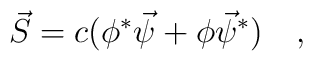
\vec{S}=c(\phi^*\vec{\psi}+\phi\vec{\psi}^*) \quad ,